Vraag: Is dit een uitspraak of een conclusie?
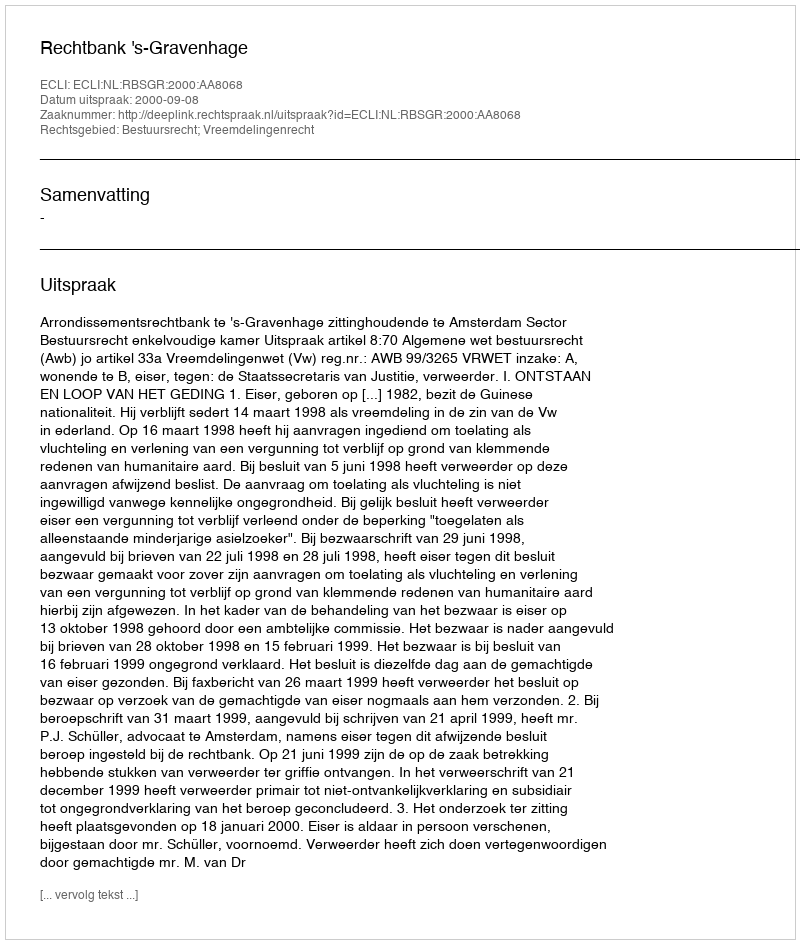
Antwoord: Uitspraak